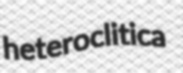
heteroclitica